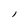
Character: l